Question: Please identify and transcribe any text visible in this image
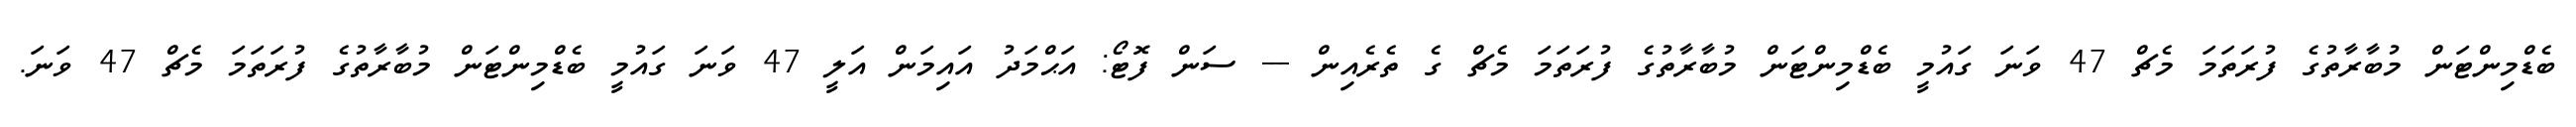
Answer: ބެޑްމިންޓަން މުބާރާތުގެ ފުރަތަމަ މެޗް 47 ވަނަ ގައުމީ ބެޑްމިންޓަން މުބާރާތުގެ ފުރަތަމަ މެޗް ގެ ތެރެއިން --- ސަން ފޮޓޯ: އަޙްމަދު އައިމަން އަލީ 47 ވަނަ ގައުމީ ބެޑްމިންޓަން މުބާރާތުގެ ފުރަތަމަ މެޗް 47 ވަނަ.